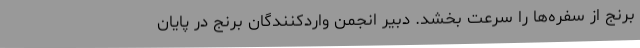
برنج از سفره‌ها را سرعت بخشد. دبیر انجمن واردکنندگان برنج در پایان